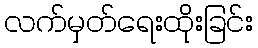
လက်မှတ်ရေးထိုးခြင်း